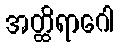
အတ္ထိရာဂေါ